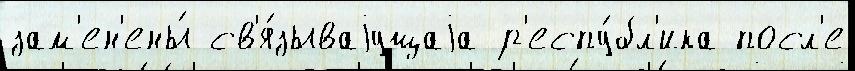
зам'ен'ены́ св'я́зываjущаjа р'еспу́бл'ика посл'е